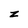
Character: z